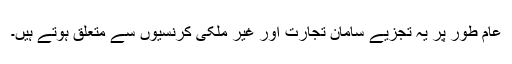
عام طور پر یہ تجزیے سامان تجارت اور غیر ملکی کرنسیوں سے متعلق ہوتے ہیں۔